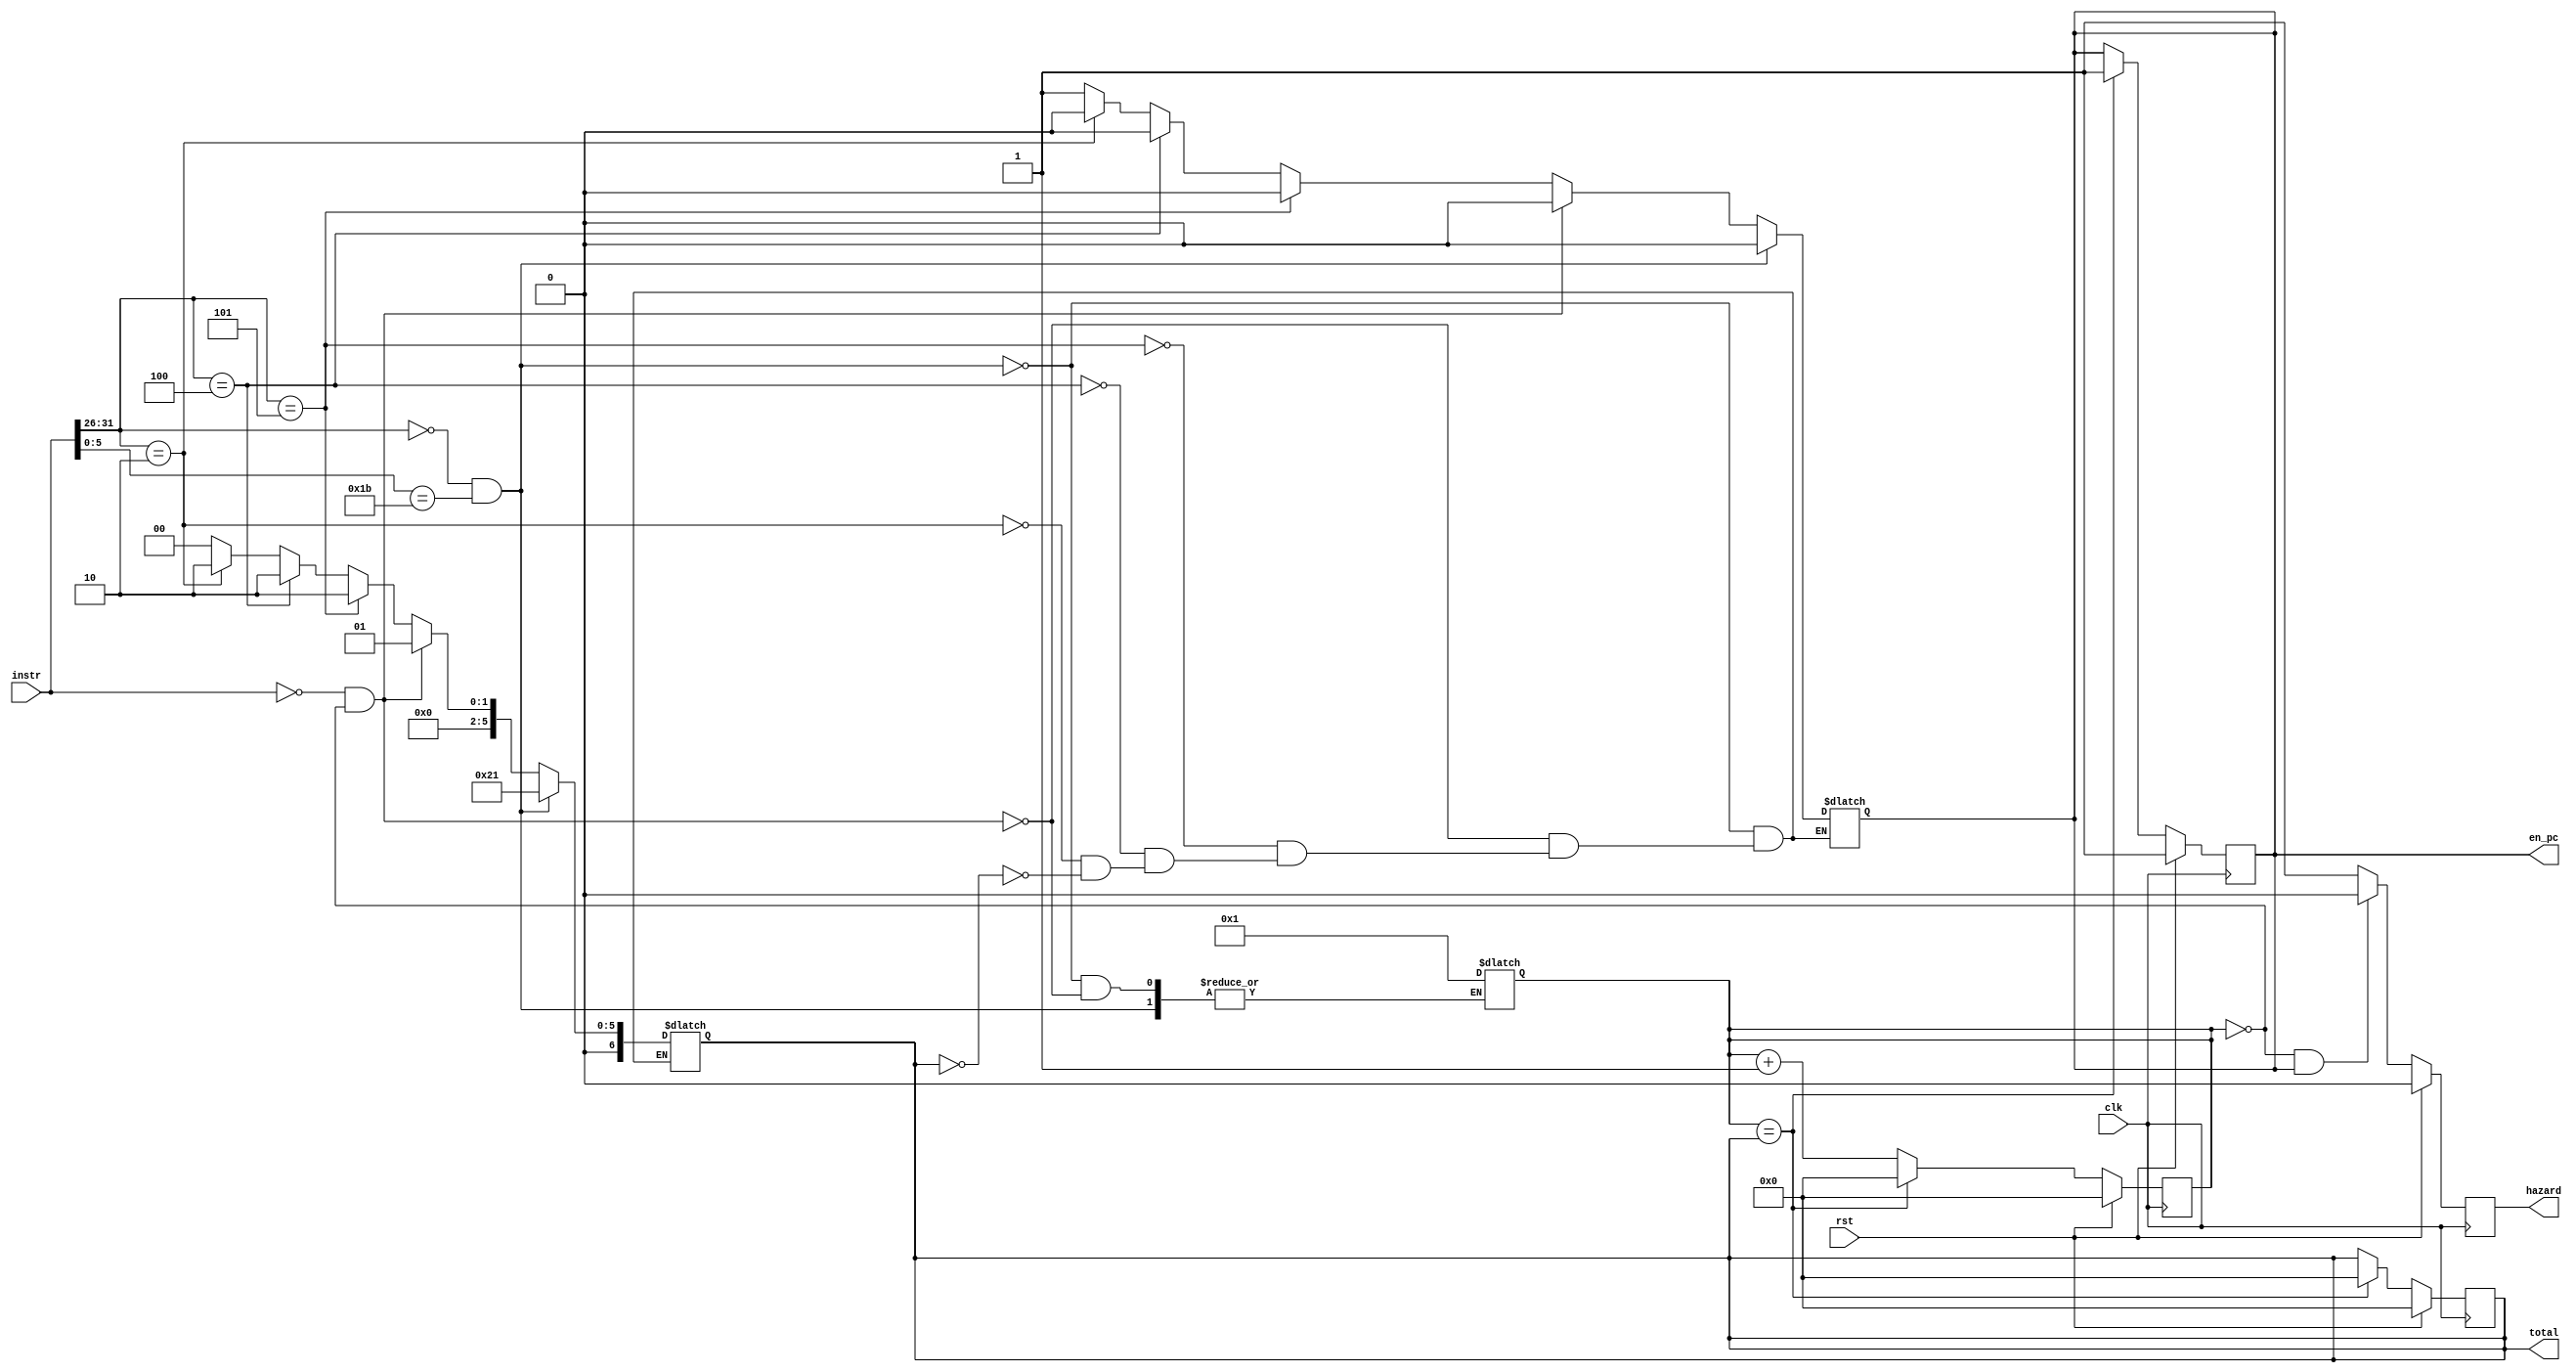
module hazard( clk, rst, instr, en_pc, hazard, total );
	input clk, rst;
	input [31:0] instr;
	output reg en_pc, hazard;
	output reg [6:0] total;
	
	reg [6:0] count;
	
	always @ ( instr ) begin
	
	if ( instr[31:26] == 6'd0 && instr[5:0] == 6'd27 ) begin	// 
			total <= 33;
			en_pc <= 0;
		end
	else if ( instr[31:0] == 32'd0 && count == 0 ) begin	   // R-type
			count <= 1;
			total <= 1;
			en_pc <= 0;
		end
	else if ( instr[31:26] == 6'd5 ) begin		// BNE
			total <= 2;
			en_pc <= 0;
		end
	else if ( instr[31:26] == 6'd4 ) begin		// BEQ
			total <= 2;
			en_pc <= 0;
		end
	else if ( instr[31:26] == 6'd2 ) begin		// J
			total <= 2;
			en_pc <= 0;
		end
	else if ( total == 0 ) begin
		  total <= 0;	
		  en_pc <= 1;
		end		
	
	end
	
	always @ ( posedge clk ) begin
	    if ( rst ) begin
            count <= 0;
            total <= 0;
            en_pc <= 1;
            hazard <= 0;
	    end
	    else begin
            if ( count == 1'b0 && en_pc == 1'b1 ) hazard <= 0;
            else hazard <= 1;
              count <= count + 1;
              if ( count == total ) begin
                en_pc <= 1;
                count <= 0;
                total <= 0;
	        end	
	    end	
	end


endmodule